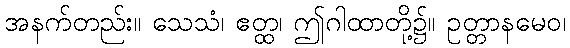
အနက်တည်း။ သေသံ၊ ဧတ္ထ၊ ဤဂါထာတို့၌။ ဥတ္တာနမေဝ၊